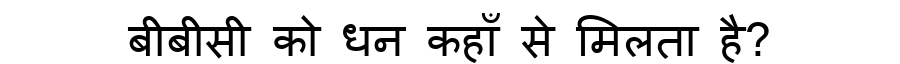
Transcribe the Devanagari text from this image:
बीबीसी को धन कहाँ से मिलता है?